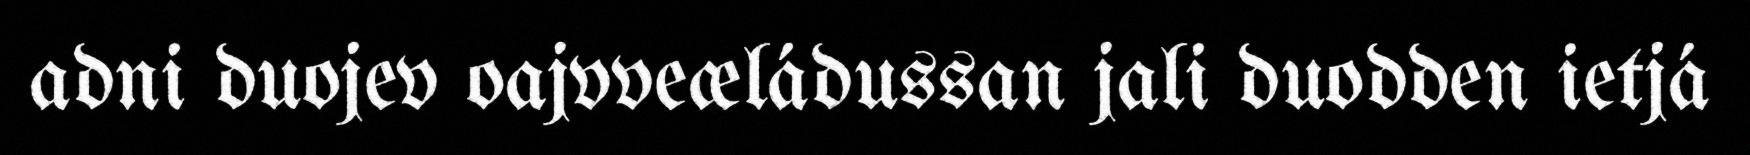
adni duojev oajvveæládussan jali duodden ietjá